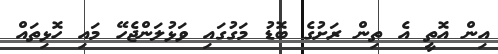
އިން އޮތީ އެ ތިން ރަށުގެ ބޮޑު މަގުގައި ވަޅުލަންޖެހޭ މައި ހޮޅިތައް